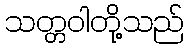
သတ္တဝါတို့သည်